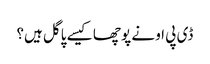
ڈی پی او نے پوچھا کیسے پاگل ہیں؟